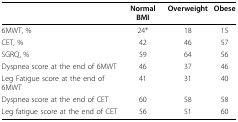
|  | Normal BMI | Overweight | Obese |
 | --- | --- | --- | --- |
 | 6MWT, % | 24* | 18 | 15 |
 | CET, % | 42 | 46 | 57 |
 | SGRQ, % | 59 | 64 | 56 |
 | Dyspnea score at the end of 6MWT | 46 | 37 | 46 |
 | Leg Fatigue score at the end of 6MWT | 41 | 31 | 40 |
 | Dyspnea score at the end of CET | 60 | 58 | 58 |
 | Leg fatigue score at the end of CET | 56 | 51 | 60 |